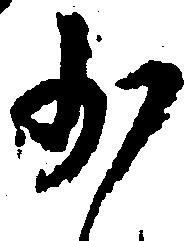
少